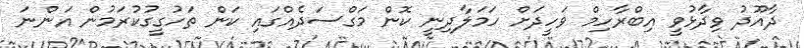
ދާއޫދު ވިދާޅުވީ އިބްރާހިމް ވަހީދަށް ހަމަލާދިނީ ކޮން މަގްސަދެއްގައި ކަން ތަހުގީގުކުރަމުން އަންނަ